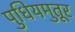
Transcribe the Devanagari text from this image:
पुधियमुतूर